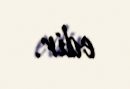
edir.